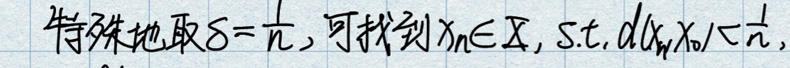
特殊地取\(\delta = \frac{1}{n}\)，可找到\(x_n\in I\)，s.t. \(d(x_n,x_0)<\frac{1}{n}\)